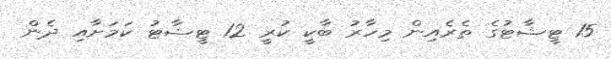
15 ޓީޝާޓުގެ ތެރެއިން މިހާރު ބާކީ ކުރީ 12 ޓީޝާޓު ކަމަށާއި ދެން